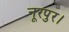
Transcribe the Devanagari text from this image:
नूरपुर।